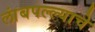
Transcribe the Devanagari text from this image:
लांबपल्ल्याचे